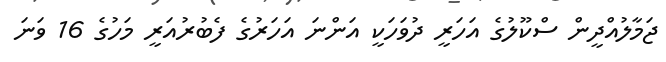
ޖަމާލުއްދީން ސްކޫލުގެ އަހަރީ ދުވަހަކީ އަންނަ އަހަރުގެ ފެބުރުއަރީ މަހުގެ 16 ވަނަ